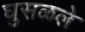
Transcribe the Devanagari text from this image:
घुसळले